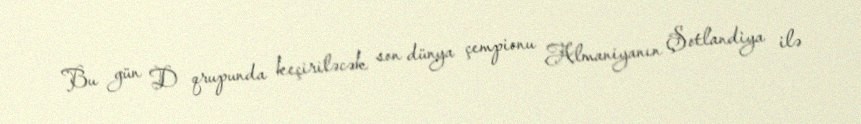
Bu gün D qrupunda keçiriləcək son dünya çempionu Almaniyanın Şotlandiya ilə